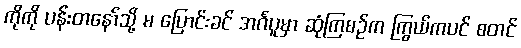
ကိုကို ပန်းတနော်သို့ မ ပြောင်းခင် အင်္ဂပူမှာ ဆုံကြစဉ်က ကြွယ်ကပင် စတင်